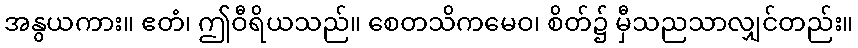
အနွယကား။ ဧတံ၊ ဤဝီရိယသည်။ စေတသိကမေဝ၊ စိတ်၌ မှီသညသာလျှင်တည်း။